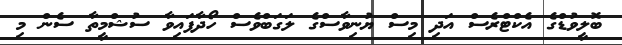
ބޮލީވުޑްގެ އެކްޓްރެސް އަދި މިސް ޔުނިވާސްގެ ލަގަބްވެސް ހޯދާފައިވާ ސުޝްމީތާ ސެން މި